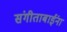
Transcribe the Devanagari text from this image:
संगीताबाईंना